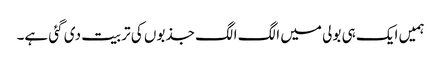
ہمیں ایک ہی بولی میں الگ الگ جذبوں کی تربیت دی گئی ہے۔